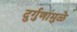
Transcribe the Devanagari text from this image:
दुर्गुणांमुळे